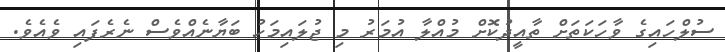
ސުލްހައިގެ ވާހަކަތަށް ތާއީދުކޮށް މުއްލާ އުމަރު މި ޖުލައިމަހު ބަޔާނެއްވެސް ނެރެފައި ވެއެވެ.